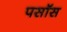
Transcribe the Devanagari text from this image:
पसॉस